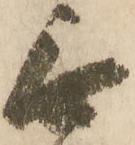
無